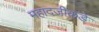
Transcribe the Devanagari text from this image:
महादजीकडे